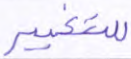
للتغيير